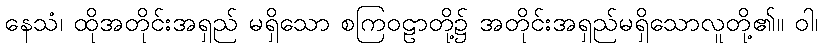
နေသံ၊ ထိုအတိုင်းအရှည် မရှိသော စကြဝဠာတို့၌ အတိုင်းအရှည်မရှိသောလူတို့၏။ ဝါ၊